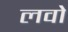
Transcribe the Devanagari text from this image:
लवो